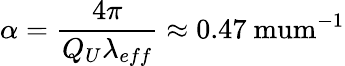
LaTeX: \alpha=\frac{4\pi}{Q_{U}\lambda_{eff}}\approx 0.47\mathrm{\ mum^{-1}}